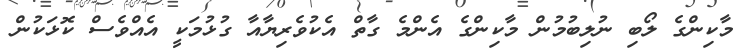
މާކިންގެ ލޯބި ނުލިބުމުން މާކިންގެ އެންމެ ގާތް އެކުވެރިޔާއާ ގުޅުމަކީ އެއްވެސް ކޮޅަކުން